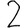
Digit: 2